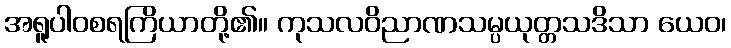
အရူပါဝစရကြိယာတို့၏။ ကုသလဝိညာဏသမ္ပယုတ္တသဒိသာ ယေဝ၊